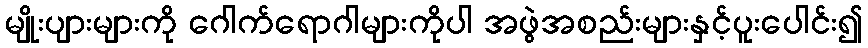
မျိုးပျားများကို ဂေါက်ရောဂါများကိုပါ အဖွဲအစည်းများနှင့်ပူးပေါင်း၍